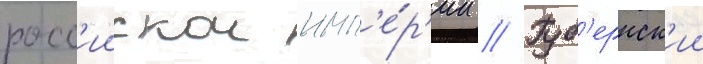
росс'иискои имп'е́р'ии // Губ'ернск'ии